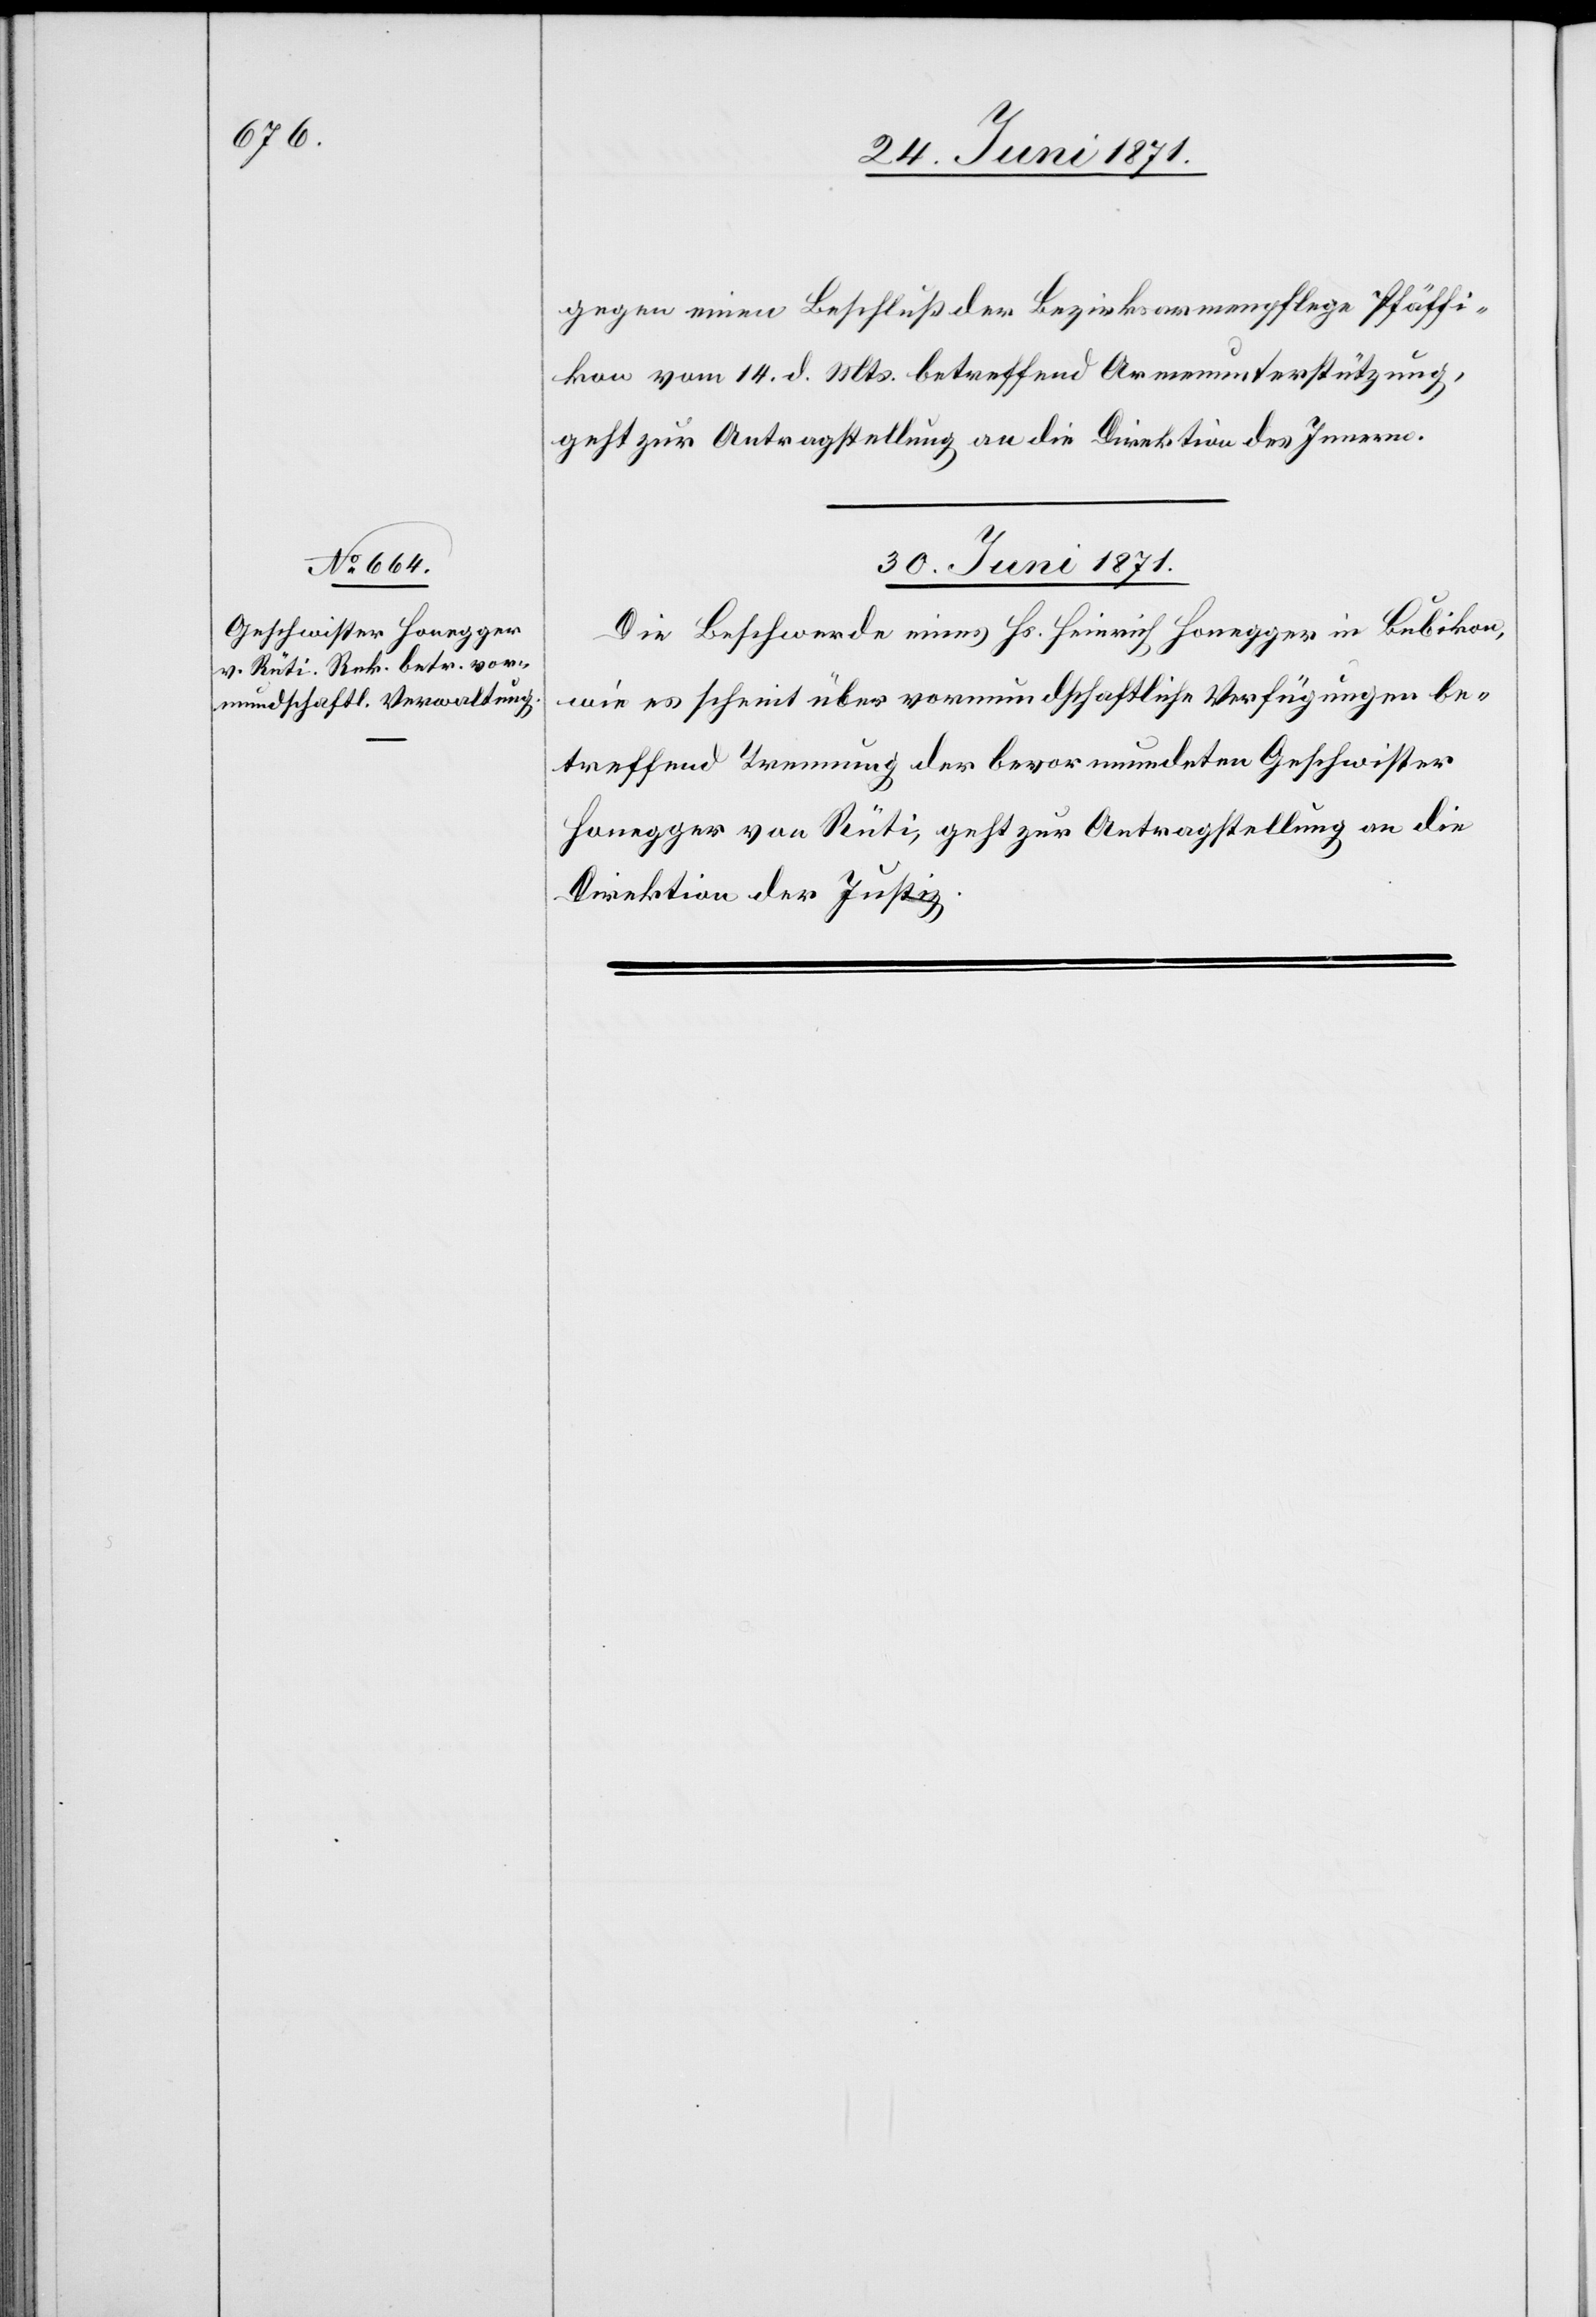
gegen einen Beschluß der Bezirksarmenpflege Pfäffi¬
kon vom 14. d. Mts. betreffend Armenunterstützung,
geht zur Antragstellung an die Direktion des Innern.
30. Juni 1871.
Die Beschwerde eines Hs. Heinrich Honegger in Bubikon,
wie es scheint über vormundschaftliche Verfügungen be¬
treffend Trennung der bevormundeten Geschwister
Honegger von Rüti, geht zur Antragstellung an die
Direktion der Justiz.